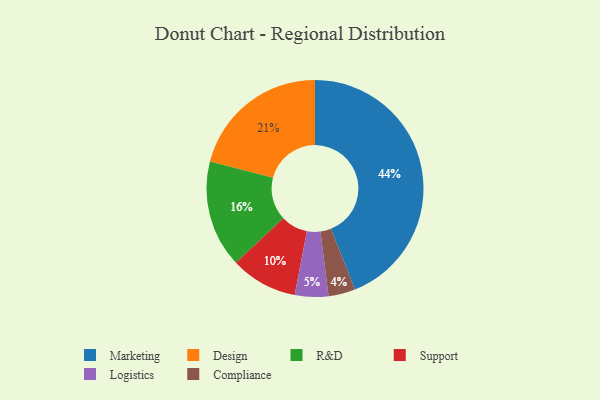
{"axis": {"x": "Category", "y": "Percentage"}, "legend": ["Compliance", "Design", "Logistics", "Marketing", "R&D", "Support"], "data": [{"x": "Support", "y": 10, "type": "Support"}, {"x": "Compliance", "y": 4, "type": "Compliance"}, {"x": "Design", "y": 21, "type": "Design"}, {"x": "Logistics", "y": 5, "type": "Logistics"}, {"x": "Marketing", "y": 44, "type": "Marketing"}, {"x": "R&D", "y": 16, "type": "R&D"}]}